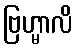
ဗြဟ္မာလိ